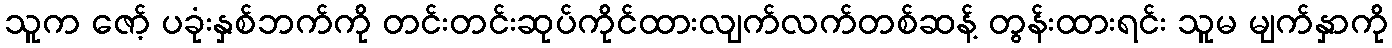
သူက ဇော့် ပခုံးနှစ်ဘက်ကို တင်းတင်းဆုပ်ကိုင်ထားလျက်လက်တစ်ဆန့် တွန်းထားရင်း သူမ မျက်နှာကို